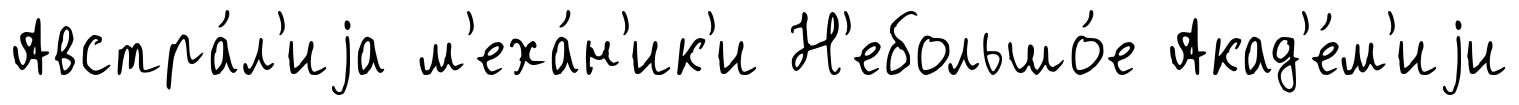
Австра́л'иjа м'еха́н'ик'и Н'ебольшо́е Акад'е́м'иjи